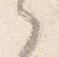
之